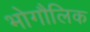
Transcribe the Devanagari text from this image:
भोगौलिक